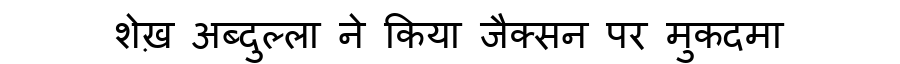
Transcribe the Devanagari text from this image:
शेख़ अब्दुल्ला ने किया जैक्सन पर मुकदमा